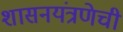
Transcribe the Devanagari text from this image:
शासनयंत्रणेची